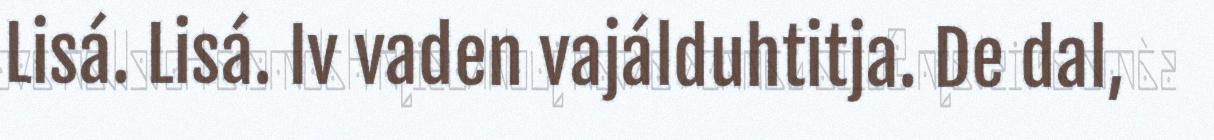
Lisá. Lisá. Iv vaden vajálduhtitja. De dal,